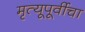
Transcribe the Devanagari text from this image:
मृत्यूपूर्वीचा